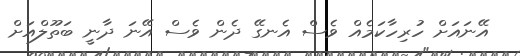
އޭނައަށް ހުރިހާކަމެއް ވެސް އެނގޭ ދެން ވެސް އޭނަ ދާނީ ބަތޫލްއަށް